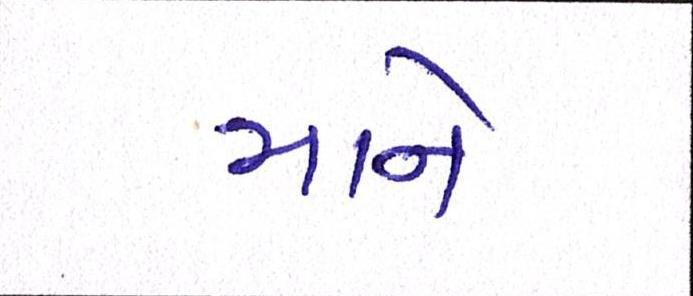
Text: માને